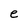
Character: e